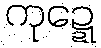
ကုဍ္ဍေ